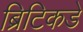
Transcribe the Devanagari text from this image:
ब्रिटिकडे